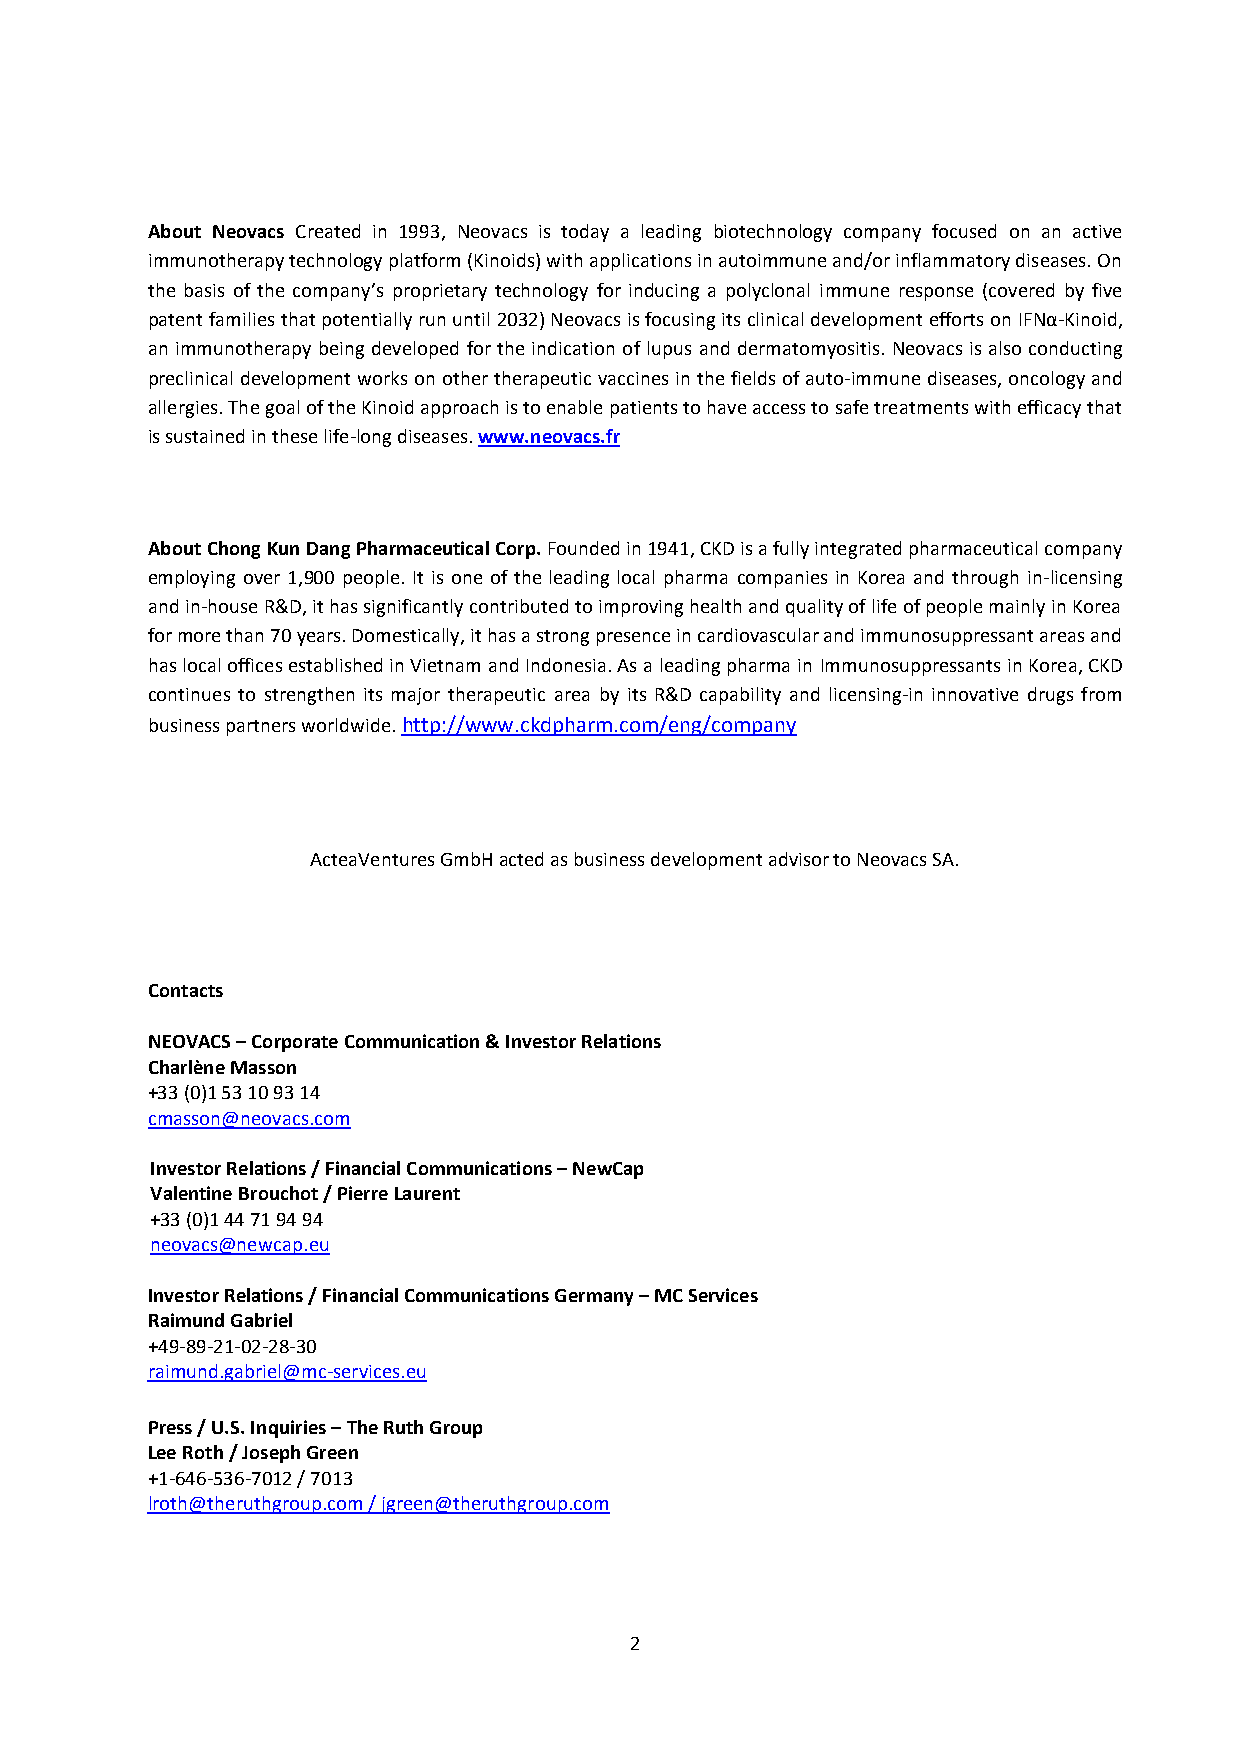
About Neovacs Created in 1993, Neovacs is today a leading biotechnology company focused on an active
 immunotherapy technology platform (Kinoids) with applications in autoimmune and/or inflammatory diseases. On
 the basis of the company’s proprietary technology for inducing a polyclonal immune response (covered by five
 patent families that potentially run until 2032) Neovacs is focusing its clinical development efforts on IFNα-Kinoid,
 an immunotherapy being developed for the indication of lupus and dermatomyositis. Neovacs is also conducting
 preclinical development works on other therapeutic vaccines in the fields of auto-immune diseases, oncology and
 allergies. The goal of the Kinoid approach is to enable patients to have access to safe treatments with efficacy that
 is sustained in these life-long diseases. www.neovacs.fr
 About Chong Kun Dang Pharmaceutical Corp. Founded in 1941, CKD is a fully integrated pharmaceutical company
 employing over 1,900 people. It is one of the leading local pharma companies in Korea and through in-licensing
 and in-house R&D, it has significantly contributed to improving health and quality of life of people mainly in Korea
 for more than 70 years. Domestically, it has a strong presence in cardiovascular and immunosuppressant areas and
 has local offices established in Vietnam and Indonesia. As a leading pharma in Immunosuppressants in Korea, CKD
 continues to strengthen its major therapeutic area by its R&D capability and licensing-in innovative drugs from
 business partners worldwide. http://www.ckdpharm.com/eng/company
 ActeaVentures GmbH acted as business development advisor to Neovacs SA.
 Contacts
 NEOVACS – Corporate Communication & Investor Relations
 Charlène Masson
 +33 (0)1 53 10 93 14
 cmasson@neovacs.com
 Investor Relations / Financial Communications – NewCap
 Valentine Brouchot / Pierre Laurent
 +33 (0)1 44 71 94 94
 neovacs@newcap.eu
 Investor Relations / Financial Communications Germany – MC Services
 Raimund Gabriel
 +49-89-21-02-28-30
 raimund.gabriel@mc-services.eu
 Press / U.S. Inquiries – The Ruth Group
 Lee Roth / Joseph Green
 +1-646-536-7012 / 7013
 lroth@theruthgroup.com / jgreen@theruthgroup.com
 2